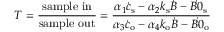
T = \frac { \mathrm { s a m p l e \ i n } } { \mathrm { s a m p l e \ o u t } } = \frac { \alpha _ { 1 } \dot { c } _ { \mathrm { s } } - \alpha _ { 2 } k _ { \mathrm { s } } \dot { B } - \dot { B 0 } _ { \mathrm { s } } } { \alpha _ { 3 } \dot { c } _ { \mathrm { o } } - \alpha _ { 4 } k _ { \mathrm { o } } \dot { B } - \dot { B 0 } _ { \mathrm { o } } }